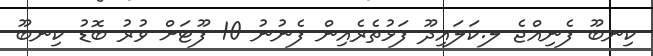
ކިނބޫ ފެނިއްޖެ ލ.ކަލައިދޫ ފަޅުތެރެއިން ފެނުނު 10 ފޫޓަށް ވުރު ބޮޑު ކިނބޫ